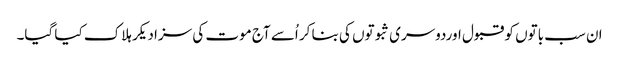
ان سب باتوں کو قبول اوردوسری ثبوتوں کی بنا کر اُسے آج موت کی سزا دیکر ہلاک کیا گیا۔